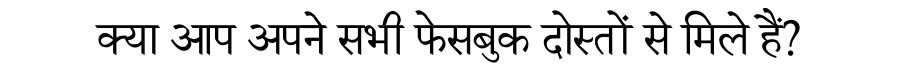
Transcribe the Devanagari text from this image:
क्या आप अपने सभी फेसबुक दोस्तों से मिले हैं?